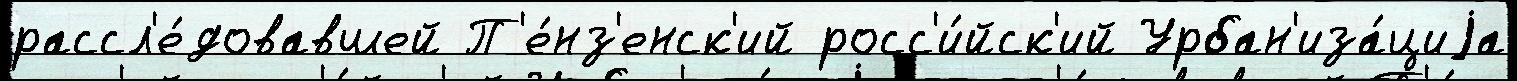
рассл'е́довавшей П'е́нз'енск'ий росс'и́йск'ий Урбан'иза́циjа